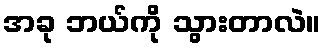
အခု ဘယ်ကို သွားတာလဲ။